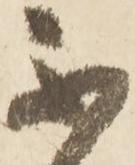
不